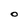
Character: O